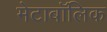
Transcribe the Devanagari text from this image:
मेटाबॉलिक